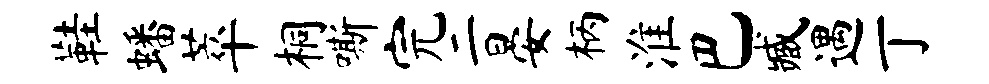
鞋蟠萃桐嘶完二晏柄淮巴臧遇丁